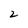
Character: 2